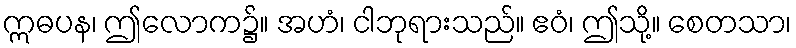
ဣဓပန၊ ဤလောက၌။ အဟံ၊ ငါဘုရားသည်။ ဧဝံ၊ ဤသို့။ စေတသာ၊